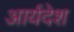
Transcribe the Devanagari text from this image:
आर्यदेश